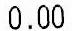
0.00